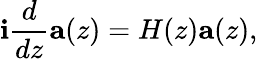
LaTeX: \mathbf{i}\frac{{d}}{{dz}}\mathbf{{a}}(z)=H(z)\mathbf{{a}}(z),